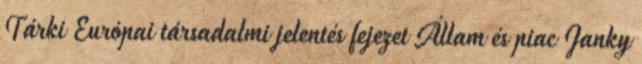
Tárki Európai társadalmi jelentés fejezet Állam és piac Janky